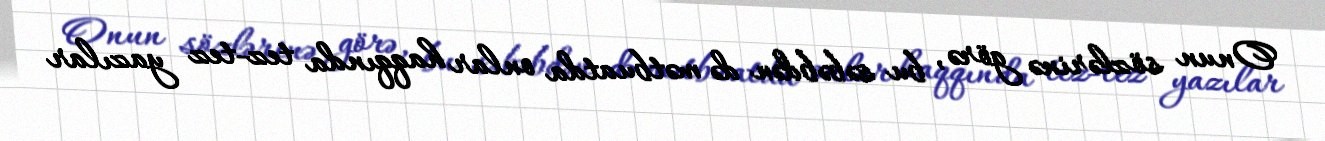
Onun sözlərinə görə, bu səbəbdən də mətbuatda onlar haqqında tez-tez yazılar